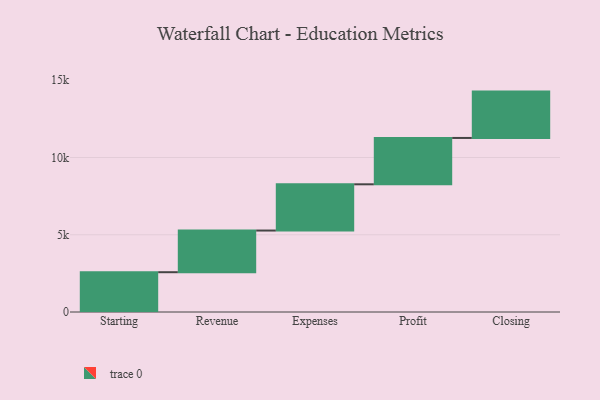
{"axis": {"x": "Step", "y": "Value"}, "legend": [""], "data": [{"x": "Starting", "y": 2576.0, "type": ""}, {"x": "Revenue", "y": 2697.0, "type": ""}, {"x": "Expenses", "y": 2993.0, "type": ""}, {"x": "Profit", "y": 3000, "type": ""}, {"x": "Closing", "y": 3000, "type": ""}]}